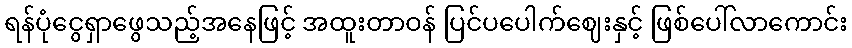
ရန်ပုံငွေရှာဖွေသည့်အနေဖြင့် အထူးတာဝန် ပြင်ပပေါက်ဈေးနှင့် ဖြစ်ပေါ်လာကောင်း